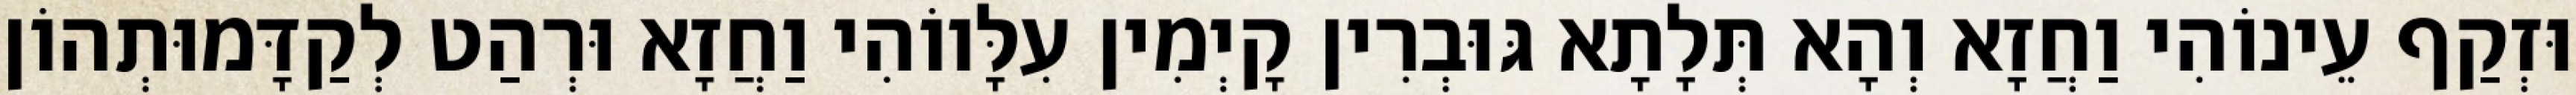
וּזְקַף עֵינוֹהִי וַחֲזָא וְהָא תְּלָתָא גּוּבְרִין קָיְמִין עִלָּווֹהִי וַחֲזָא וּרְהַט לְקַדָּמוּתְהוֹן